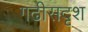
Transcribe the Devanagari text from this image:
गढीसदृश